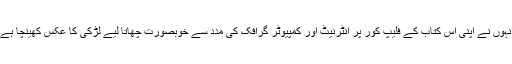
انہوں نے اپنی اس کتاب کے فلیپ کور پر انٹرنیٹ اور کمپیوٹر گرافک کی مدد سے خوبصورت چھاتا لیے لڑکی کا عکس کھینچا ہے۔